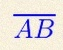
\overline{AB}